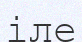
іле